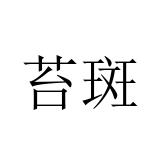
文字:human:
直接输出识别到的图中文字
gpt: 苔斑